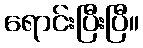
ရောင်းပြီးပြီ။